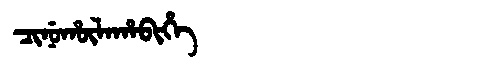
Manchu: ᠴᡳᠨᡠᡥᡡᠯᠠᡥᠠᠪᡳᡥᡝ
Romanization: CINUHŪLAHABIHE